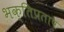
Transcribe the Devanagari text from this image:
भक्तिप्रताप